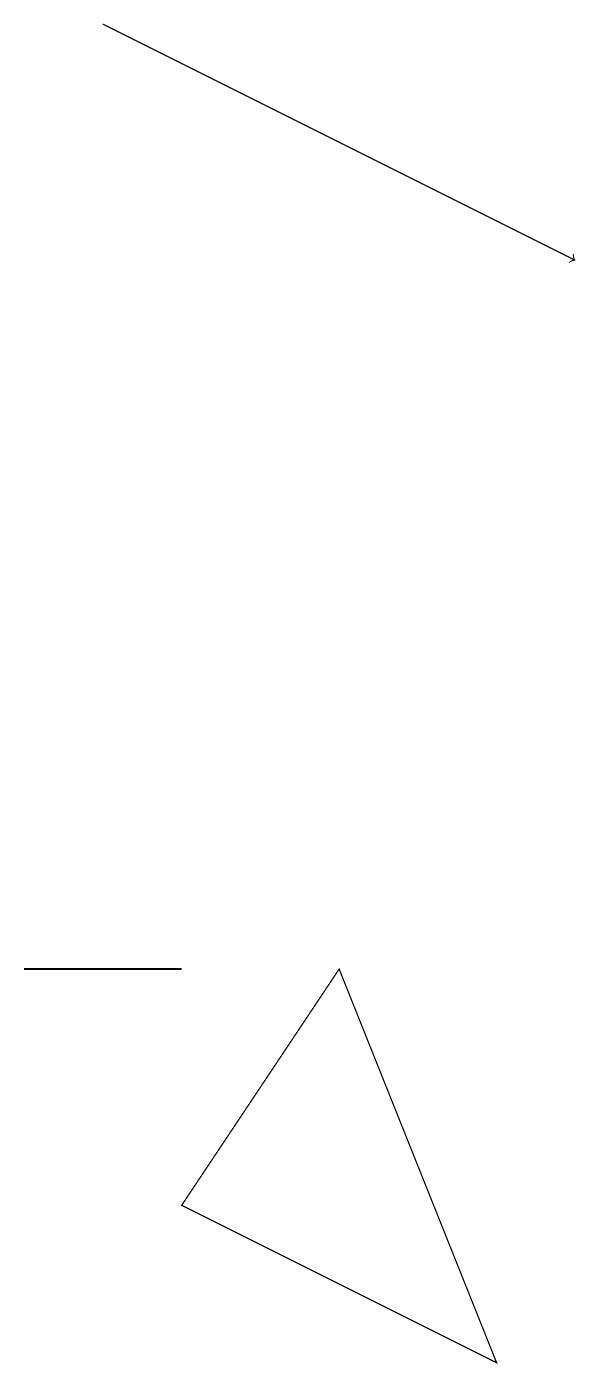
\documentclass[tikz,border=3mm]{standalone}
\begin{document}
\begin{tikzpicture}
\draw (4,6) -- (6,1) -- (2,3) -- cycle;
\draw (1,6) -- (2,6) -- (0,6) -- cycle;
\draw[->] (1,18) -- (7,15);
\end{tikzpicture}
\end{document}